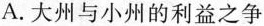
A.大州与小州的利益之争